Report on the Civil Veterinary Department, Eastern Bengal and Assam - 1907-1911
Year: 1907
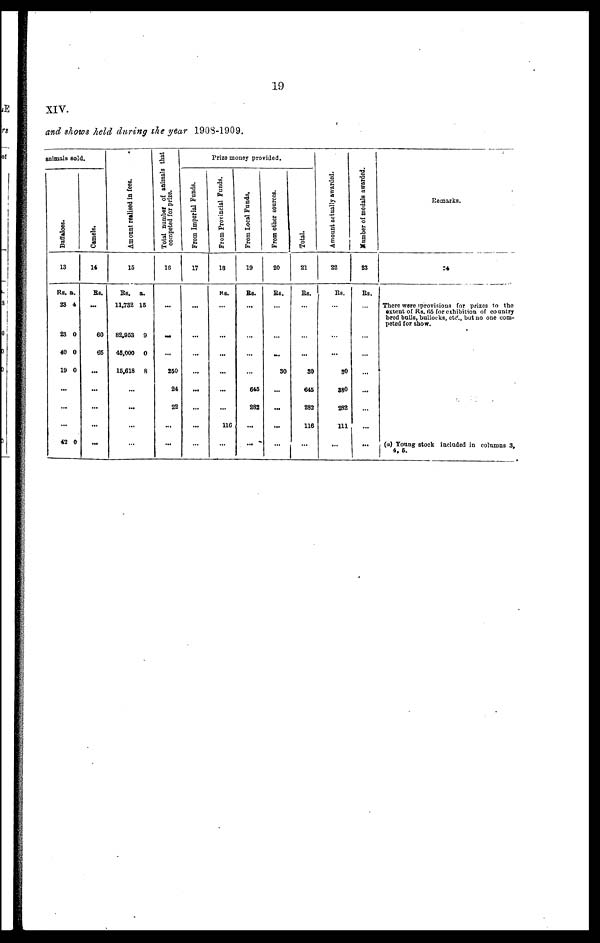
19
XIV.
and shows held daring the year 1903-1909.
animals sold.
Buffaloes.
13
RS. a.
23 4
23 0
40 0
19 0
...
...
...
42 0
Camels.
14
RS.
…
60
66
...
...
...
...
...
Amount realised in fees.
15
Rs. a.
11,732 15
82,953 9
45,000 0
15,618 8
...
...
…
…
Total number of animals that
competed for prize.
16
…
…
...
250
24
22
...
…
Prize money provided.
From Imperial Funds.
17
…
…
…
...
...
...
…
…
From Provincial Funds.
18
RS.
…
...
...
...
...
...
116
…
From Local Funds.
19
Rs.
…
…
…
…
645
282
...
...
From other sources.
20
Rs.
…
…
…
30
...
...
...
…
Total.
21
Rs.
…
…
...
30
645
282
116
…
Amount actually awarded.
22
Rs.
…
…
...
30
380
282
111
…
Number of medals awarded.
23
Rs.
…
…
…
…
...
…
…
…
Remarks.
24
There were iprovisions for prizes to the
extent of Rs. 65 for exhibition of country
bred bulls, bullocks, etc., but no one com-
peted for show.
(a) Young stock included in columns 3.
4, 6.